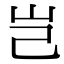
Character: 岂